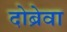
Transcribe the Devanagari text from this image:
दोब्रेवा